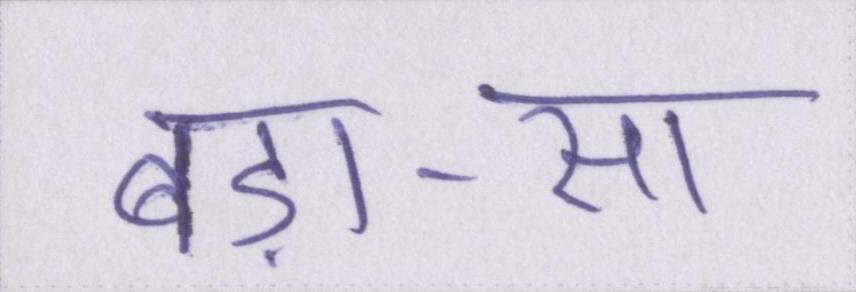
बड़ा-सा